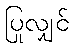
ပြုလျှင်